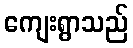
ကျေးရွာသည်